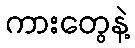
ကားတွေနဲ့